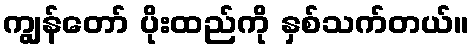
ကျွန်တော် ပိုးထည်ကို နှစ်သက်တယ်။